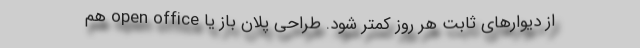
از دیوارهای ثابت هر روز کمتر شود. طراحی پلان باز یا open office هم